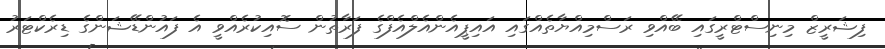
ފިޝަރީޒް މިނިސްޓްރީގައި ބޭއްވި ރަސްމިއްޔާތެއްގައި އައިޕީއެންއެލްއެފްގެ ފަރާތުން ސޮއިކުރެއްވީ އެ ފައުންޑޭޝަންގެ ޑިރެކްޓަރު